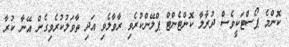
ކޮންމެ ޕޯސްޓަކީވެސް ދުރާލާ ކޮންޓެންޓް ޕްލޭންކުރެވި ރާވާލެވި އަދި ތާވަލުކުރެވިގެން އޭނާ ކުރާ